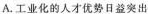
A.工业化的人才优势日益突出